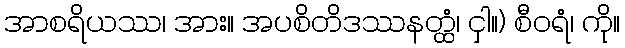
အာစရိယဿ၊ အား။ အပစိတိဒဿနတ္ထံ၊ ငှါ။) စီဝရံ၊ ကို။